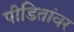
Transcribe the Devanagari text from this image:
पीडितांवर